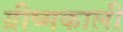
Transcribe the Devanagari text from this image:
ग्रीष्मकाली